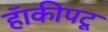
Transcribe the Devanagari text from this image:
हॅाकीपटू